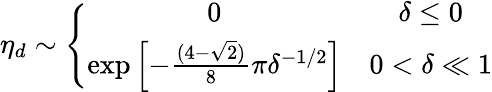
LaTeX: \eta_{d}\sim\left\{ \begin{array}{cc}{0}&{\delta\le 0}\\ {\exp\left[-\frac{(4-\sqrt{2})}{8}\pi\delta^{-1/2}\right]}&{0<\delta\ll 1}\end{array}\right.